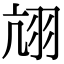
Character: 𦐄